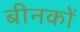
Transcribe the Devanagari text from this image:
बीनकों